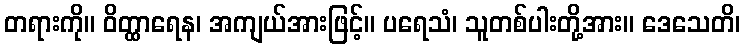
တရားကို။ ဝိတ္ထာရေန၊ အကျယ်အားဖြင့်။ ပရေသံ၊ သူတစ်ပါးတို့အား။ ဒေသေတိ၊